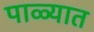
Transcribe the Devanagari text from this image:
पाळ्यात